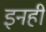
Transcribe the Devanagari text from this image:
इनही